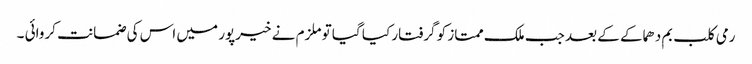
رمی کلب بم دھماکے کے بعد جب ملک ممتاز کو گرفتار کیا گیا تو ملزم نے خیرپور میں اس کی ضمانت کروائی ۔